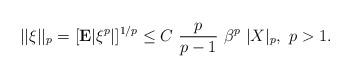
LaTeX: \begin{align*} ||\xi||_p = [{\bf E} | \xi^p|]^{1/p} \le C \ \frac{p}{p - 1} \ \beta^p \ |X|_p, \ p > 1.\end{align*}